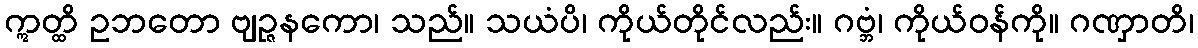
ဣတ္ထိ ဥဘတော ဗျဉ္ဇနကော၊ သည်။ သယံပိ၊ ကိုယ်တိုင်လည်း။ ဂဗ္ဘံ၊ ကိုယ်ဝန်ကို။ ဂဏှာတိ၊